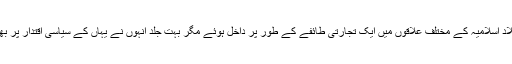
اول اول تو وہ بلاد اسلامیہ کے مختلف علاقوں میں ایک تجارتی طائفے کے طور پر داخل ہوئے مگر بہت جلد انہوں نے یہاں کے سیاسی اقتدار پر بھی قبضہ کر لیا۔